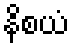
နိစယံ